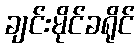
ချင်းမိုင်ခရိုင်